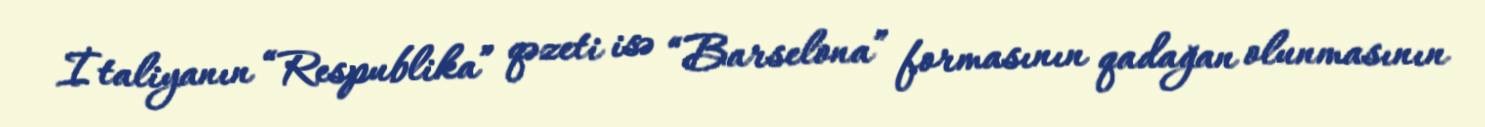
İtaliyanın “Respublika” qəzeti isə “Barselona” formasının qadağan olunmasının